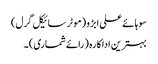
سوہائے علی ابڑو (موٹر سائیکل گرل)
بہترین اداکارہ (رائے شماری) ۔